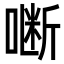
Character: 𭊜